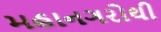
મહાનગરોથી